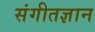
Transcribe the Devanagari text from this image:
संगीतज्ञान